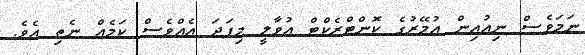
ނަމަވެސް ނިއުއިން އުމޭރުގެ ކޮންޓްރެކްޓް އުވާލީ މިފަދަ އެއްވެސް ކަމެއް ނެތި އެވެ.